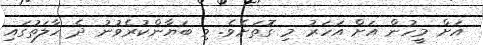
އަށް މީހުން އަށް އަހަރު މި ގޮތަށެވެ. މި ބަޔާންކުރެވުނު ދެ ހާލަތުގައި